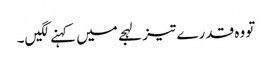
تو وہ قدرے تیز لہجے میں کہنے لگیں۔